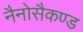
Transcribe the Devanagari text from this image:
नैनोसैकण्ड